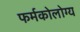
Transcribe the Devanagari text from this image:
फर्मकोलोग्य